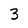
Character: 3